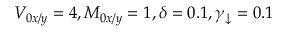
V _ { 0 x / y } = 4 , M _ { 0 x / y } = 1 , \delta = 0 . 1 , \gamma _ { \downarrow } = 0 . 1